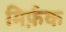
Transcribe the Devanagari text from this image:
मिर्फ़क